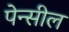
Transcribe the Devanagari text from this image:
पेन्सील